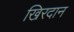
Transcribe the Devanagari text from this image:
खिरदान